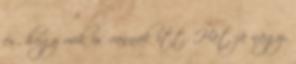
és, hogy mik is vannak itt. Hát jó nagy,